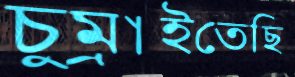
চুম্‌রাইতেছি